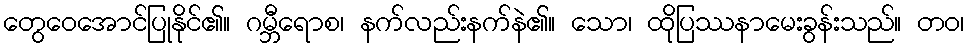
တွေဝေအောင်ပြုနိုင်၏။ ဂမ္ဘီရောစ၊ နက်လည်းနက်နဲ၏။ သော၊ ထိုပြဿနာမေးခွန်းသည်။ တဝ၊